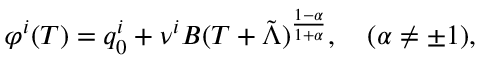
\varphi ^ { i } ( T ) = q _ { 0 } ^ { i } + \nu ^ { i } B ( T + \tilde { \Lambda } ) ^ { \frac { 1 - \alpha } { 1 + \alpha } } , \quad ( \alpha \not = \pm 1 ) ,